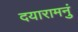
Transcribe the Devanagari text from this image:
दयारामनुं